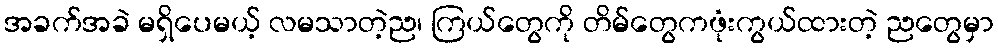
အခက်အခဲ မရှိပေမယ့် လမသာတဲ့ည၊ ကြယ်တွေကို တိမ်တွေကဖုံးကွယ်ထားတဲ့ ညတွေမှာ